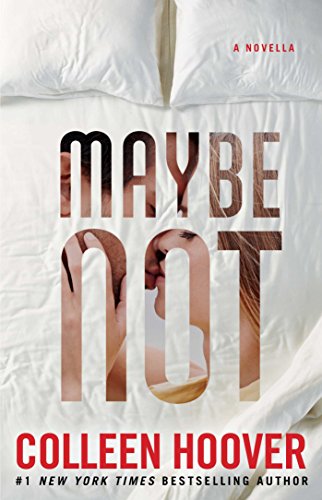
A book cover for Maybe Not: A Novella; Colleen Hoover; Romance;